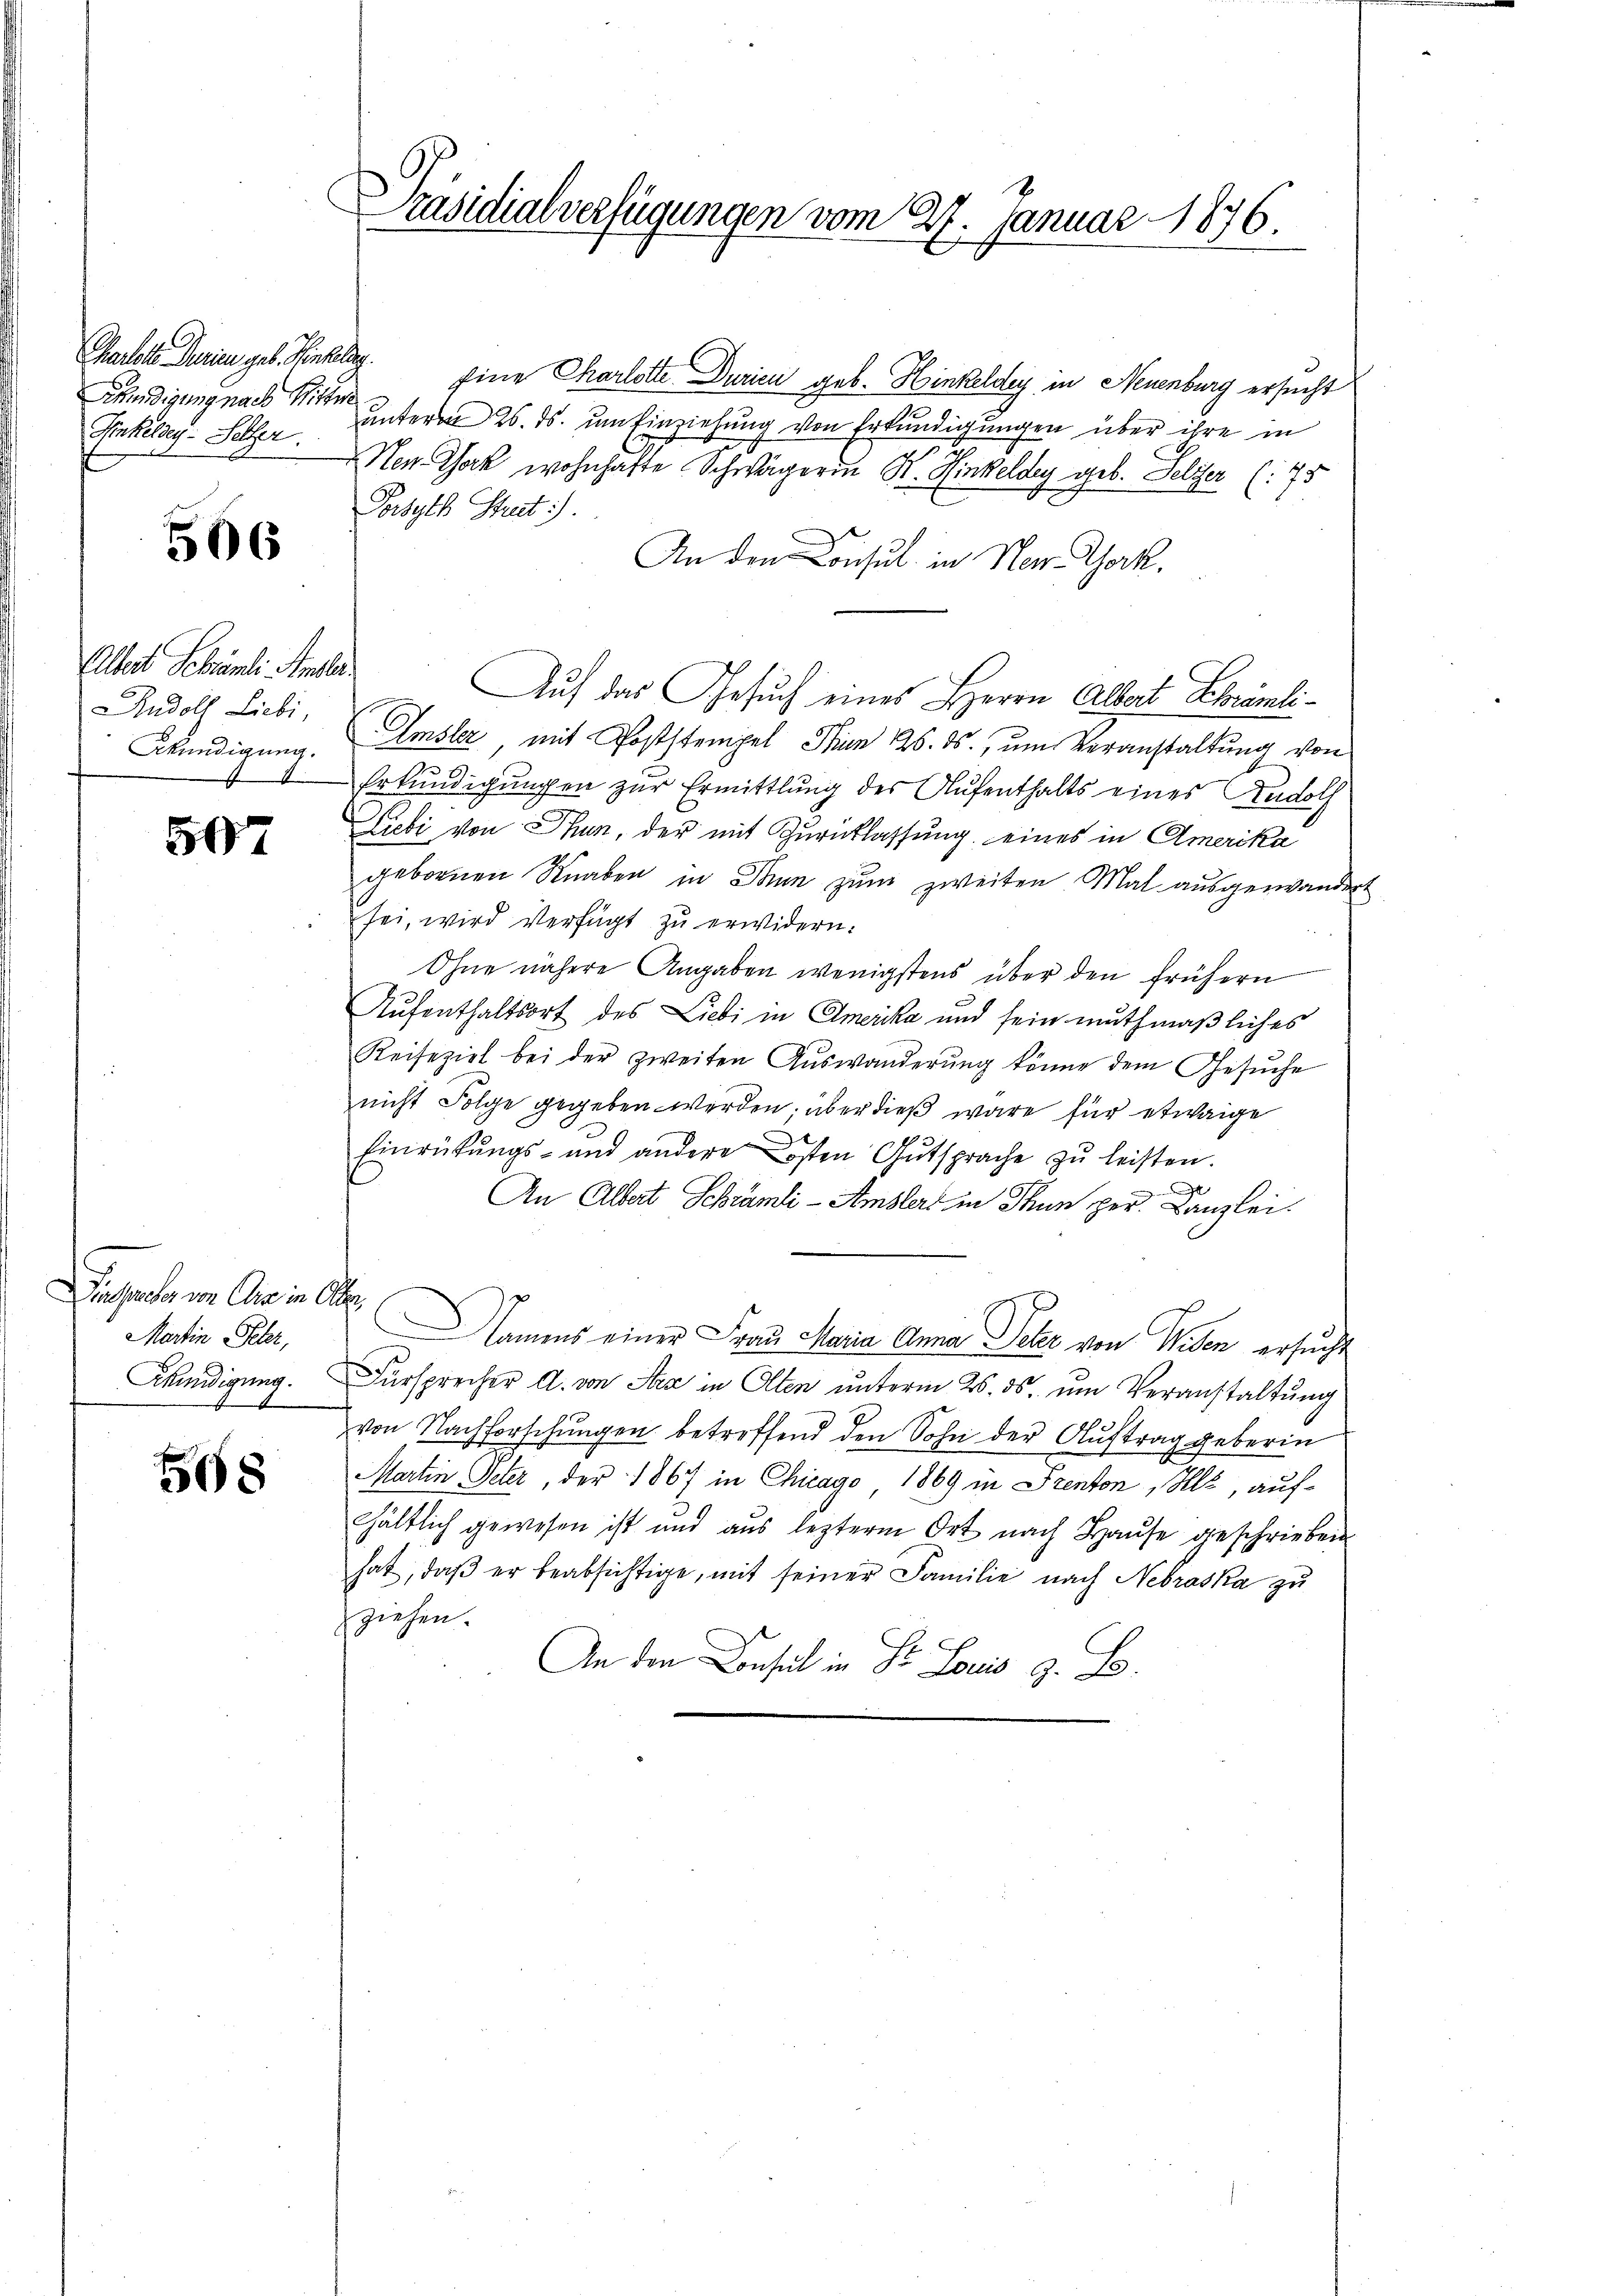
Kkündigung nach Ritter
Iinkelseg - Seller.

506

Albert Schrämli Anla
Rudolf Liebi,
Akündigung.

507

Disse von die in Ober
Martin Peter,

568

Präsidialverfügungen vom 27. Januar 1876.
E

Charlotte rien geb. Henken. Eine Charlotte Durien geb. Hinkeldey in Neuenburg ersucht
Unterm 26. ds. um Einziehung von Erkundigungen über ihre in
en Gack wohnhafte Schwägerin St. Hinkeldey geb. Selzer (: 75
Porsyth Straut).
An den Consul in Ner Thork.
Auf das Gesuch eines Herrn Albert Schrämli¬
Amsler, mit Poststempel Prun 26. ds., um Veranstaltung von
Erkundigungen zur Ermittlung des Aufenthalts eines Rudolf
Liebei von Thun, der mit Zurücklassung eines in Amerika
gebornen Knaben in Thun zum zweiten Mal ausgewandert
sei, wird verfügt zu erwidern:
Ohne nähere Angaben wenigstens über den frühern
Aufenthaltsort des Liebi in Amerika und sein muthmaßliches
Reiseziel bei der zweiten Auswanderung könne dem Gesŭche
nicht Folge gegeben werden; über dieß wäre für etwaige
Einrühŭngs- und andere osten Gutsprache zŭ leisten.
e
An Albert Schrämli-Amslers in Thun per. Canzlei.
Namens einer Frau Maria Anna Peter von Wesen ersucht
Wündigung. Fürsprecher A. von Stra in Olten unterm 26. ds. um Veranstaltung
von Nachforschungen betreffend den Sohn der Auftrag geberin
Martin Peter, der 1867 in Chicago 1869 in Prenton, Ale, aufhältlich gewesen ist und aus lezterm Ort nach Haŭse geschrieben.
hat, daβ er beabsichtige, mit seiner Familie nach Nebraska zu
ziehen.
An den Consul in Dr. Lorio z. B.